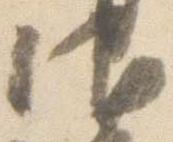
御